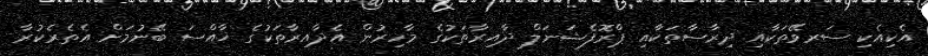
އެކިއެކި ސަރވޭތަކާއި ދިރާސާތަކާއި ޕްރޮފެޝަނަލް ދާއިރާތަކުގެ މާހިރުން އެދާއިރާތަކުގެ ޚާއްސަ ބޭނުމަށް އެތެރެކުރާ